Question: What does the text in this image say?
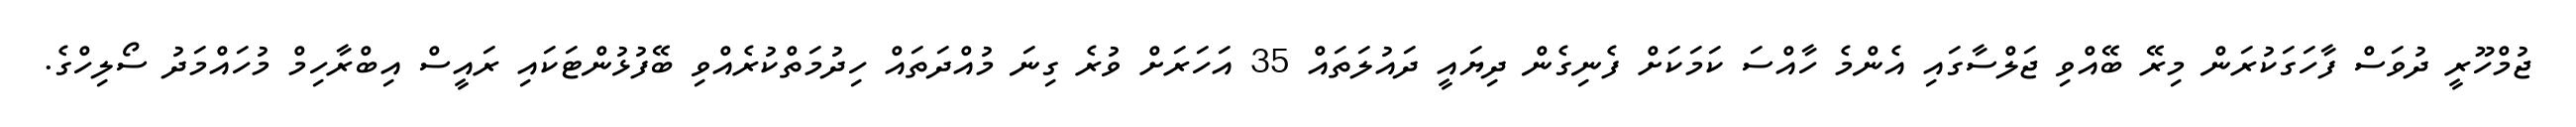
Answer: ޖުމްހޫރީ ދުވަސް ފާހަގަކުރަން މިރޭ ބޭއްވި ޖަލްސާގައި އެންމެ ހާއްސަ ކަމަކަށް ފެނިގެން ދިޔައީ ދައުލަތައް 35 އަހަރަށް ވުރެ ގިނަ މުއްދަތައް ހިދުމަތްކުރެއްވި ބޭފުޅުންޓަކައި ރައީސް އިބްރާހިމް މުހައްމަދު ސޯލިހްގެ.